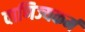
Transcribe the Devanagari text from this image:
वाणिज्यकर्म